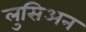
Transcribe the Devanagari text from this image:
लुसिअन